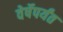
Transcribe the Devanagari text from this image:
वेर्षेपर्यंत